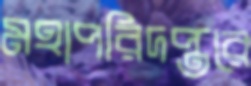
মহাপরিদপ্তরে